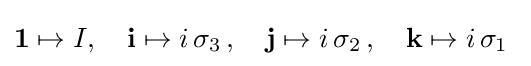
\mathbf {1} \mapsto I,\quad \mathbf {i} \mapsto i\,\sigma _{3}\,,\quad \mathbf {j} \mapsto i\,\sigma _{2}\,,\quad \mathbf {k} \mapsto i\,\sigma _{1}~